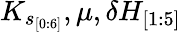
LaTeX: K_{s_{[0:6]}},\mu,\delta H_{[1:5]}